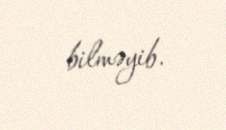
bilməyib.